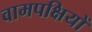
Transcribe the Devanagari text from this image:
वामपक्षियों